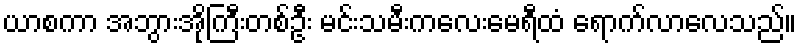
ယာစကာ အဘွားအိုကြီးတစ်ဦး မင်းသမီးကလေးမေရီထံ ရောက်လာလေသည်။